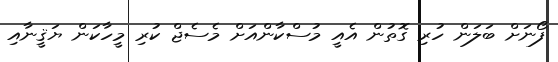
ފޯނަށް ބަލަން ހުރި ގޮތުން އެއީ މުސްކާންއަށް މެސެޖް ކުރި މީހާކަން ޔަޤީނާއި